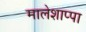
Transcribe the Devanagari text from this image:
मालेशाप्पा